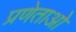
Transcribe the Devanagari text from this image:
प्रणेताओ